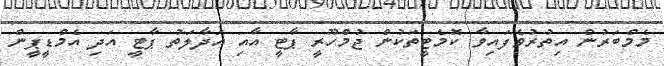
މެމްބަރުން އިތުރުވެފައިވާ ކޮމެޓީތަކުން ޖުމްހޫރީ ޕާޓީ އާއި އަދާލަތު ޕާޓީ އަދި އެމްޑީޕީން